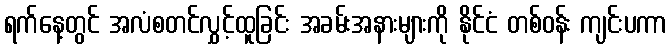
ရက်နေ့တွင် အလံစတင်လွှင့်ထူခြင်း အခမ်းအနားများကို နိုင်ငံ တစ်ဝန်း ကျင်းပကာ